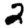
Digit: 2